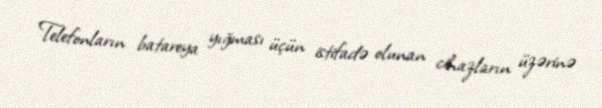
Telefonların batareya yığması üçün istifadə olunan cihazların üzərinə